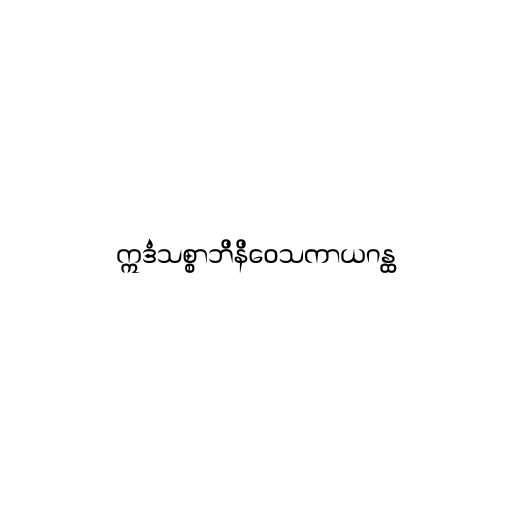
ဣဒံသစ္စာဘိနိဝေသကာယဂန္ထ